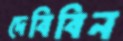
দেবিবিন